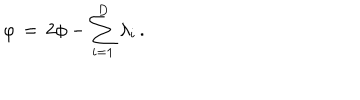
\varphi \, = \, 2 \phi - \sum _ { i = 1 } ^ { D } \lambda _ { i } \, .